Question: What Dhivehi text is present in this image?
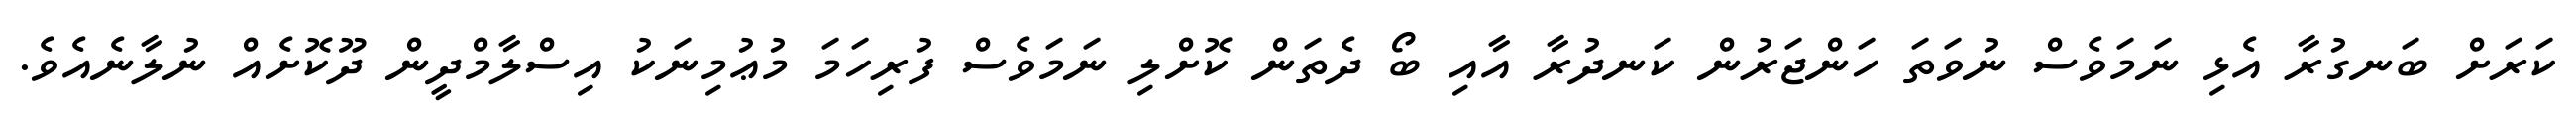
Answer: ކަރަށް ބަނގުރާ އެޅި ނަމަވެސް ނުވަތަ ހަންޖަރުން ކަނދުރާ އާއި ބޯ ދެތަން ކޮށްލި ނަމަވެސް ފުރިހަމަ މުޢުމިނަކު އިސްލާމްދީން ދޫކޮށެއް ނުލާނެއެވެ.